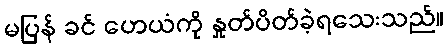
မပြန် ခင် ဟေယံကို နှုတ်ပိတ်ခဲ့ရသေးသည်။